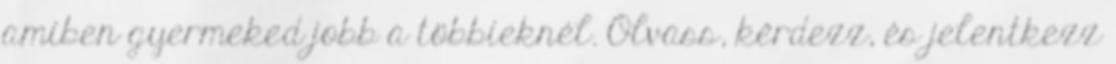
amiben gyermeked jobb a többieknél. Olvass, kérdezz, és jelentkezz